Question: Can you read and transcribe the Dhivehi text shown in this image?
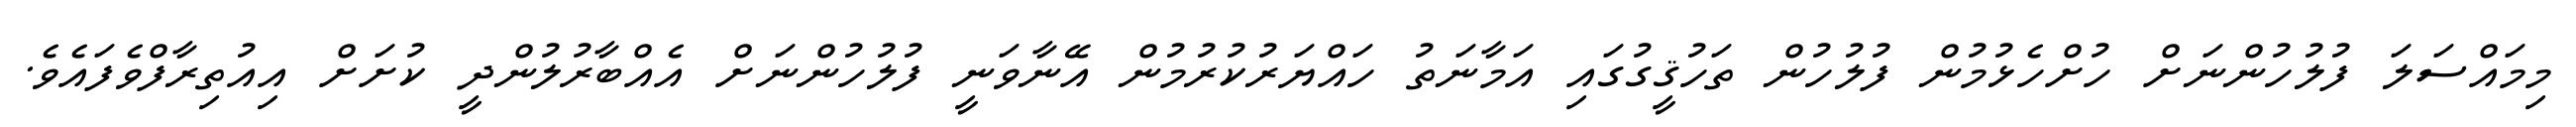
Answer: މިމައްސަލަ ފުލުހުންނަށް ހުށްހެޅުމުން ފުލުހުން ތަހުޤީގުގައި އަމާނަތު ހައްޔަރުކުރުމުން އޭނާވަނީ ފުލުހުންނަށް އެއްބާރުލުންދީ ކުށަށް އިއުތިރާފްވެފައެވެ.